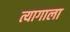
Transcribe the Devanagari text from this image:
त्यागाला